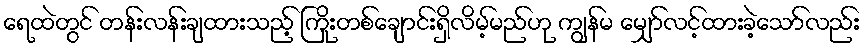
ရေထဲတွင် တန်းလန်းချထားသည့် ကြိုးတစ်ချောင်းရှိလိမ့်မည်ဟု ကျွန်မ မျှော်လင့်ထားခဲ့သော်လည်း